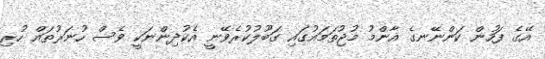
އޭގެ ފަހުން ކަންނޭނގެ އާންމު މުޖުތަމައުގައި ގަބޫލުކުރެވޭނީ އެކުދިންނަކީ ވެސް ހުނަރުތައް ހުރި